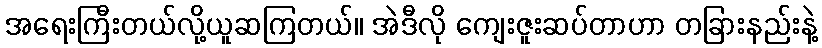
အရေးကြီးတယ်လို့ယူဆကြတယ်။ အဲဒီလို ကျေးဇူးဆပ်တာဟာ တခြားနည်းနဲ့